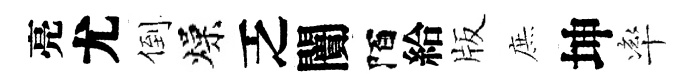
亮尤倒燥乏闠陌給版庶坤率